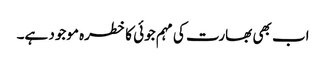
اب بھی بھارت کی مہم جوئی کا خطرہ موجود ہے۔